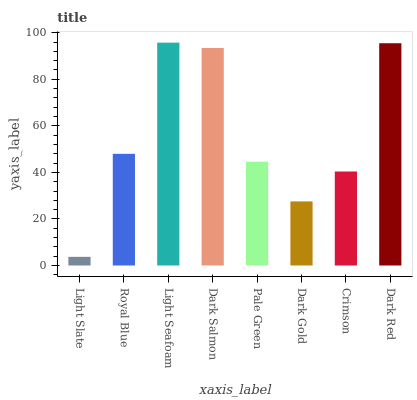
| xaxis_label | bars |
 | --- | --- |
 | Light Slate | 3.72 |
 | Royal Blue | 48 |
 | Light Seafoam | 95.7 |
 | Dark Salmon | 93.4 |
 | Pale Green | 44.6 |
 | Dark Gold | 27.5 |
 | Crimson | 40.4 |
 | Dark Red | 95.5 |